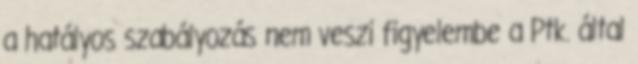
a hatályos szabályozás nem veszi figyelembe a Ptk. által